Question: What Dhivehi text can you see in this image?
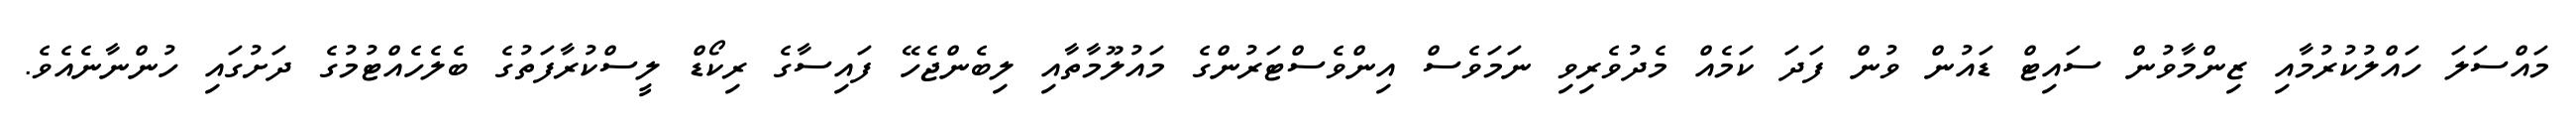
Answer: މައްސަލަ ހައްލުކުރުމާއި ޒިންމާވުން ސައިޓް ޑައުން ވުން ފަދަ ކަމެއް މެދުވެރިވި ނަމަވެސް އިންވެސްޓަރުންގެ މައުލޫމާތާއި ލިބެންޖެހޭ ފައިސާގެ ރިކޯޑް ލީސްކުރާފަތުގެ ބެލެހެއްޓުމުގެ ދަށުގައި ހުންނާނެއެވެ.